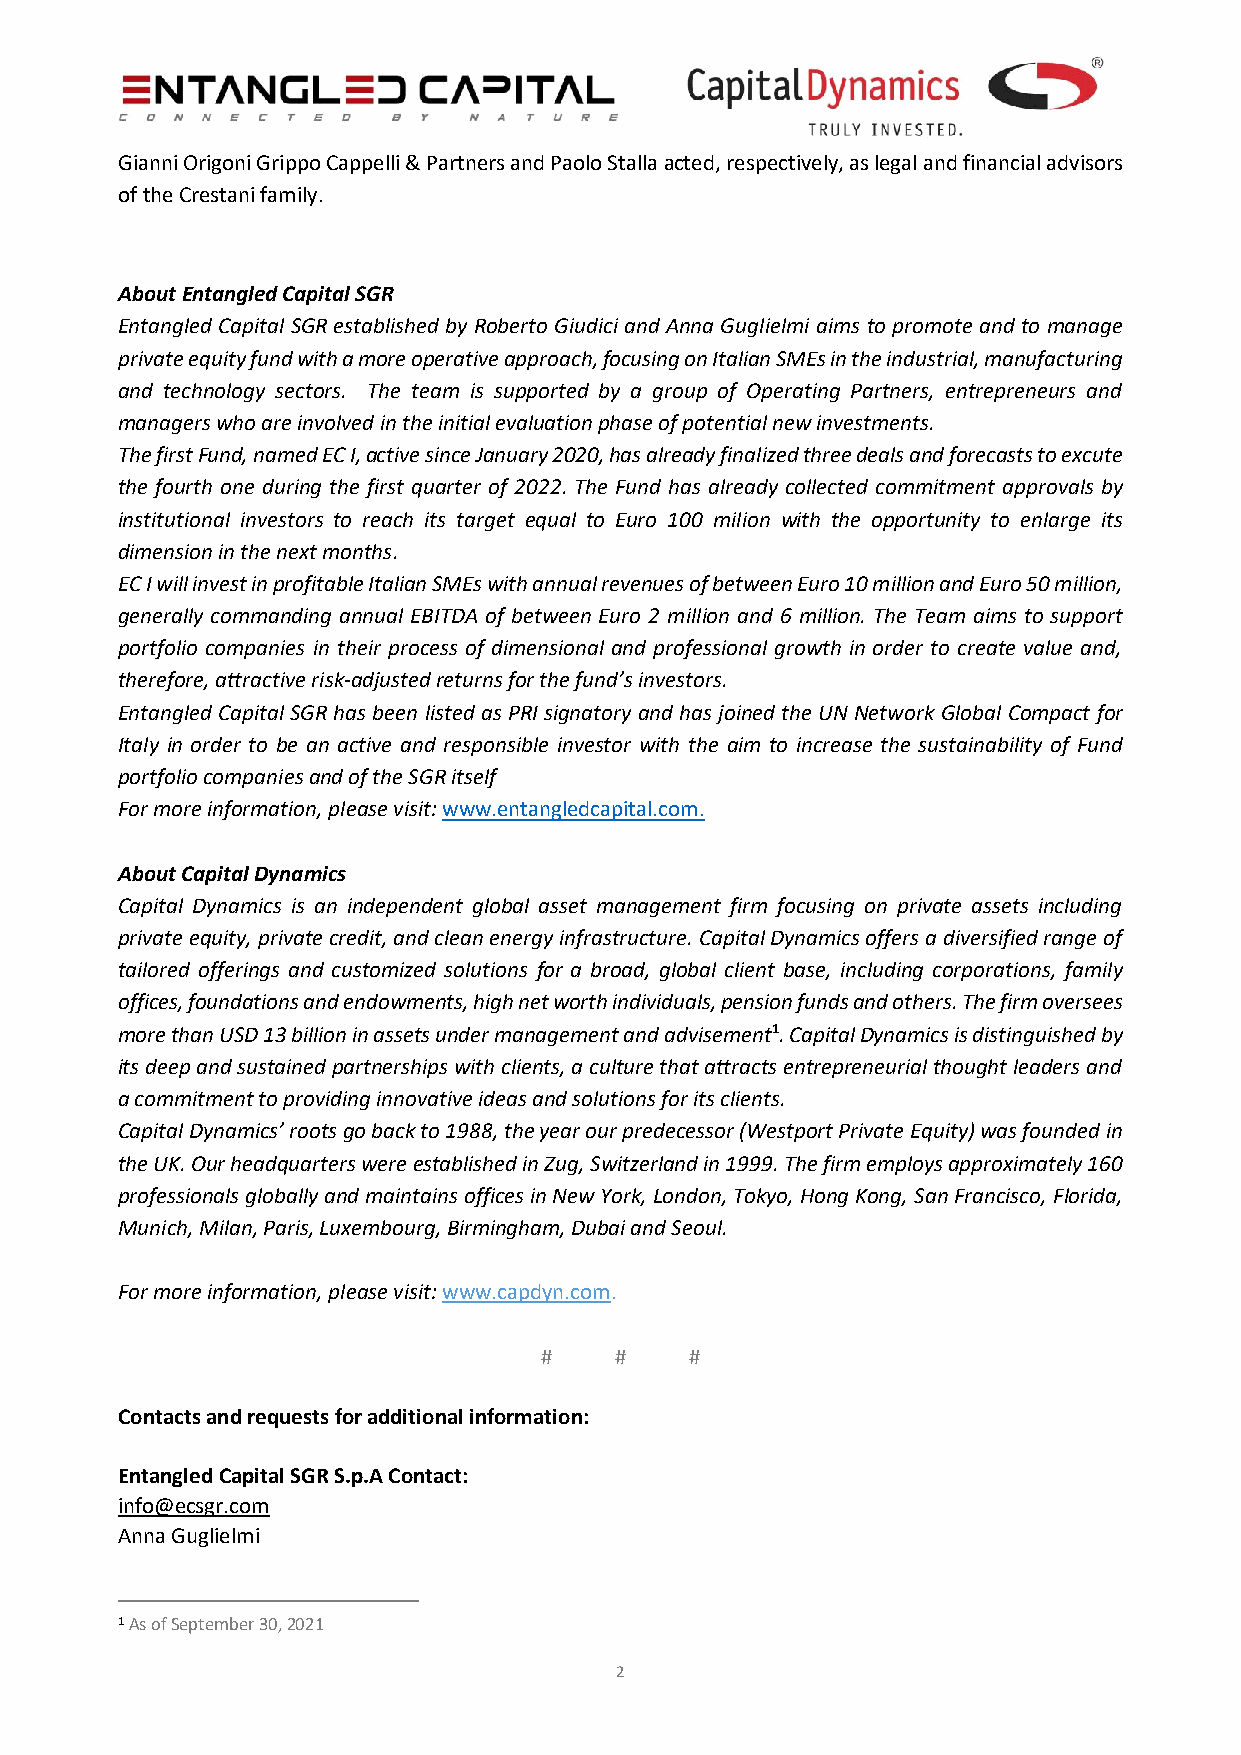
Gianni Origoni Grippo Cappelli & Partners and Paolo Stalla acted, respectively, as legal and financial advisors
 of the Crestani family.
 About Entangled Capital SGR
 Entangled Capital SGR established by Roberto Giudici and Anna Guglielmi aims to promote and to manage
 private equity fund with a more operative approach, focusing on Italian SMEs in the industrial, manufacturing
 and technology sectors. The team is supported by a group of Operating Partners, entrepreneurs and
 managers who are involved in the initial evaluation phase of potential new investments.
 The first Fund, named EC I, active since January 2020, has already finalized three deals and forecasts to excute
 the fourth one during the first quarter of 2022. The Fund has already collected commitment approvals by
 institutional investors to reach its target equal to Euro 100 milion with the opportunity to enlarge its
 dimension in the next months.
 EC I will invest in profitable Italian SMEs with annual revenues of between Euro 10 million and Euro 50 million,
 generally commanding annual EBITDA of between Euro 2 million and 6 million. The Team aims to support
 portfolio companies in their process of dimensional and professional growth in order to create value and,
 therefore, attractive risk-adjusted returns for the fund’s investors.
 Entangled Capital SGR has been listed as PRI signatory and has joined the UN Network Global Compact for
 Italy in order to be an active and responsible investor with the aim to increase the sustainability of Fund
 portfolio companies and of the SGR itself
 For more information, please visit: www.entangledcapital.com.
 About Capital Dynamics
 Capital Dynamics is an independent global asset management firm focusing on private assets including
 private equity, private credit, and clean energy infrastructure. Capital Dynamics offers a diversified range of
 tailored offerings and customized solutions for a broad, global client base, including corporations, family
 offices, foundations and endowments, high net worth individuals, pension funds and others. The firm oversees
 more than USD 13 billion in assets under management and advisement1. Capital Dynamics is distinguished by
 its deep and sustained partnerships with clients, a culture that attracts entrepreneurial thought leaders and
 a commitment to providing innovative ideas and solutions for its clients.
 Capital Dynamics’ roots go back to 1988, the year our predecessor (Westport Private Equity) was founded in
 the UK. Our headquarters were established in Zug, Switzerland in 1999. The firm employs approximately 160
 professionals globally and maintains offices in New York, London, Tokyo, Hong Kong, San Francisco, Florida,
 Munich, Milan, Paris, Luxembourg, Birmingham, Dubai and Seoul.
 For more information, please visit: www.capdyn.com.
 #    #    #
 Contacts and requests for additional information:
 Entangled Capital SGR S.p.A Contact:
 info@ecsgr.com
 Anna Guglielmi
 1 As of September 30, 2021
 2